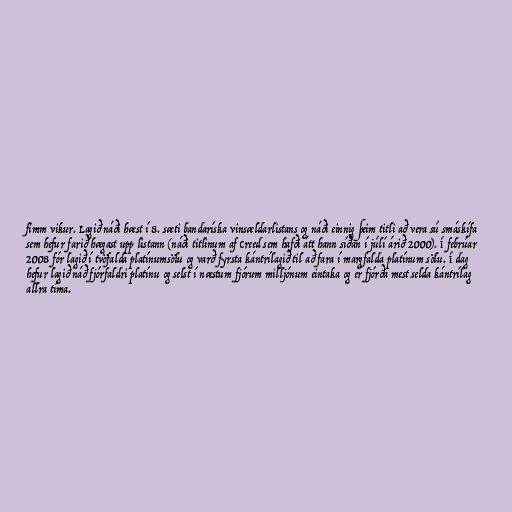
fimm vikur. Lagið náði hæst í 8. sæti bandaríska vinsældarlistans og náði einnig þeim titli að vera sú smáskífa
sem hefur farið hægast upp listann (náði titlinum af Creed sem hafði átt hann síðan í júlí árið 2000). Í febrúar
2008 fór lagið í tvöfalda platínumsölu og varð fyrsta kántrílagið til að fara í margfalda platínum sölu. Í dag
hefur lagið náð fjórfaldri platínu og selst í næstum fjórum milljónum eintaka og er fjórða mest selda kántrílag
allra tíma.